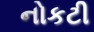
નોકટી